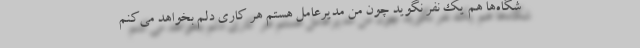
شگاه‌ها هم یک نفر نگوید چون من مدیرعامل هستم هر کاری دلم بخواهد می‌کنم